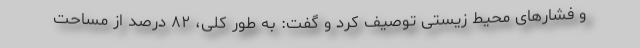
و فشارهای محیط زیستی توصیف کرد و گفت: به طور کلی، ۸۲ درصد از مساحت